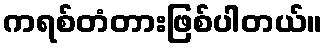
ကရစ်တံတားဖြစ်ပါတယ်။